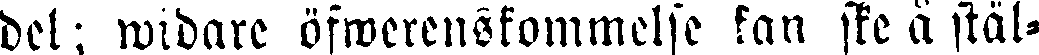
del; widare öfwerenskommelse kan ske å stäl-